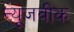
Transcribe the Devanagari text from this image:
न्‍यूजवीक